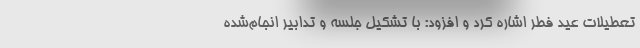
تعطیلات عید فطر اشاره کرد و افزود: با تشکیل جلسه و تدابیر انجام‌شده